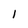
Character: l